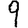
Digit: 9